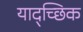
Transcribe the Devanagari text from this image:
याद्च्छिक